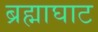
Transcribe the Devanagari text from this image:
ब्रह्माघाट